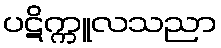
ပဋိက္ကူလသညာ